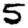
Digit: 5